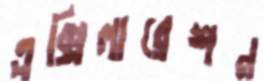
এক্সিলারেশন